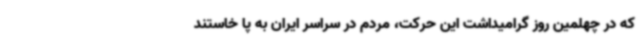
که در چهلمین روز گرامیداشت این حرکت، مردم در سراسر ایران به پا خاستند